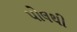
પોલથી